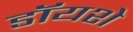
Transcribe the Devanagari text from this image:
डॉयशे